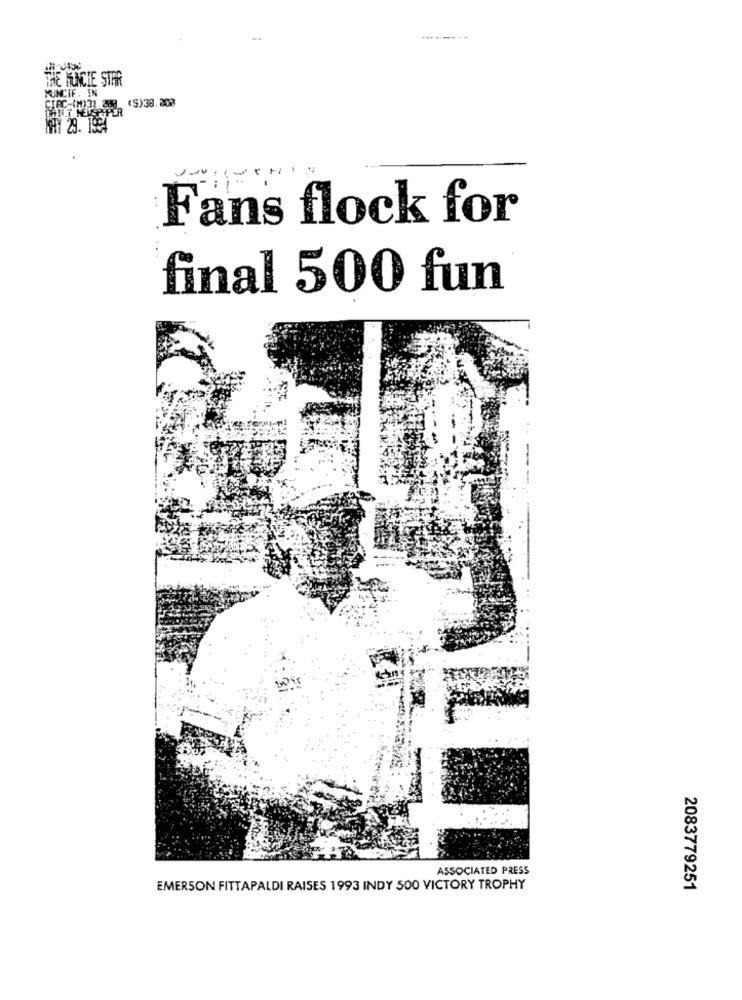
THE MUNCIE STAR
MUNCIE. IN
WHY 29. 1994
Fans flock for
final 500 fun
ASSOCIATED PRESS
EMERSON FITTAPALDI RAISES 1993 INDY 500 VICTORY TROPHY
2083779251